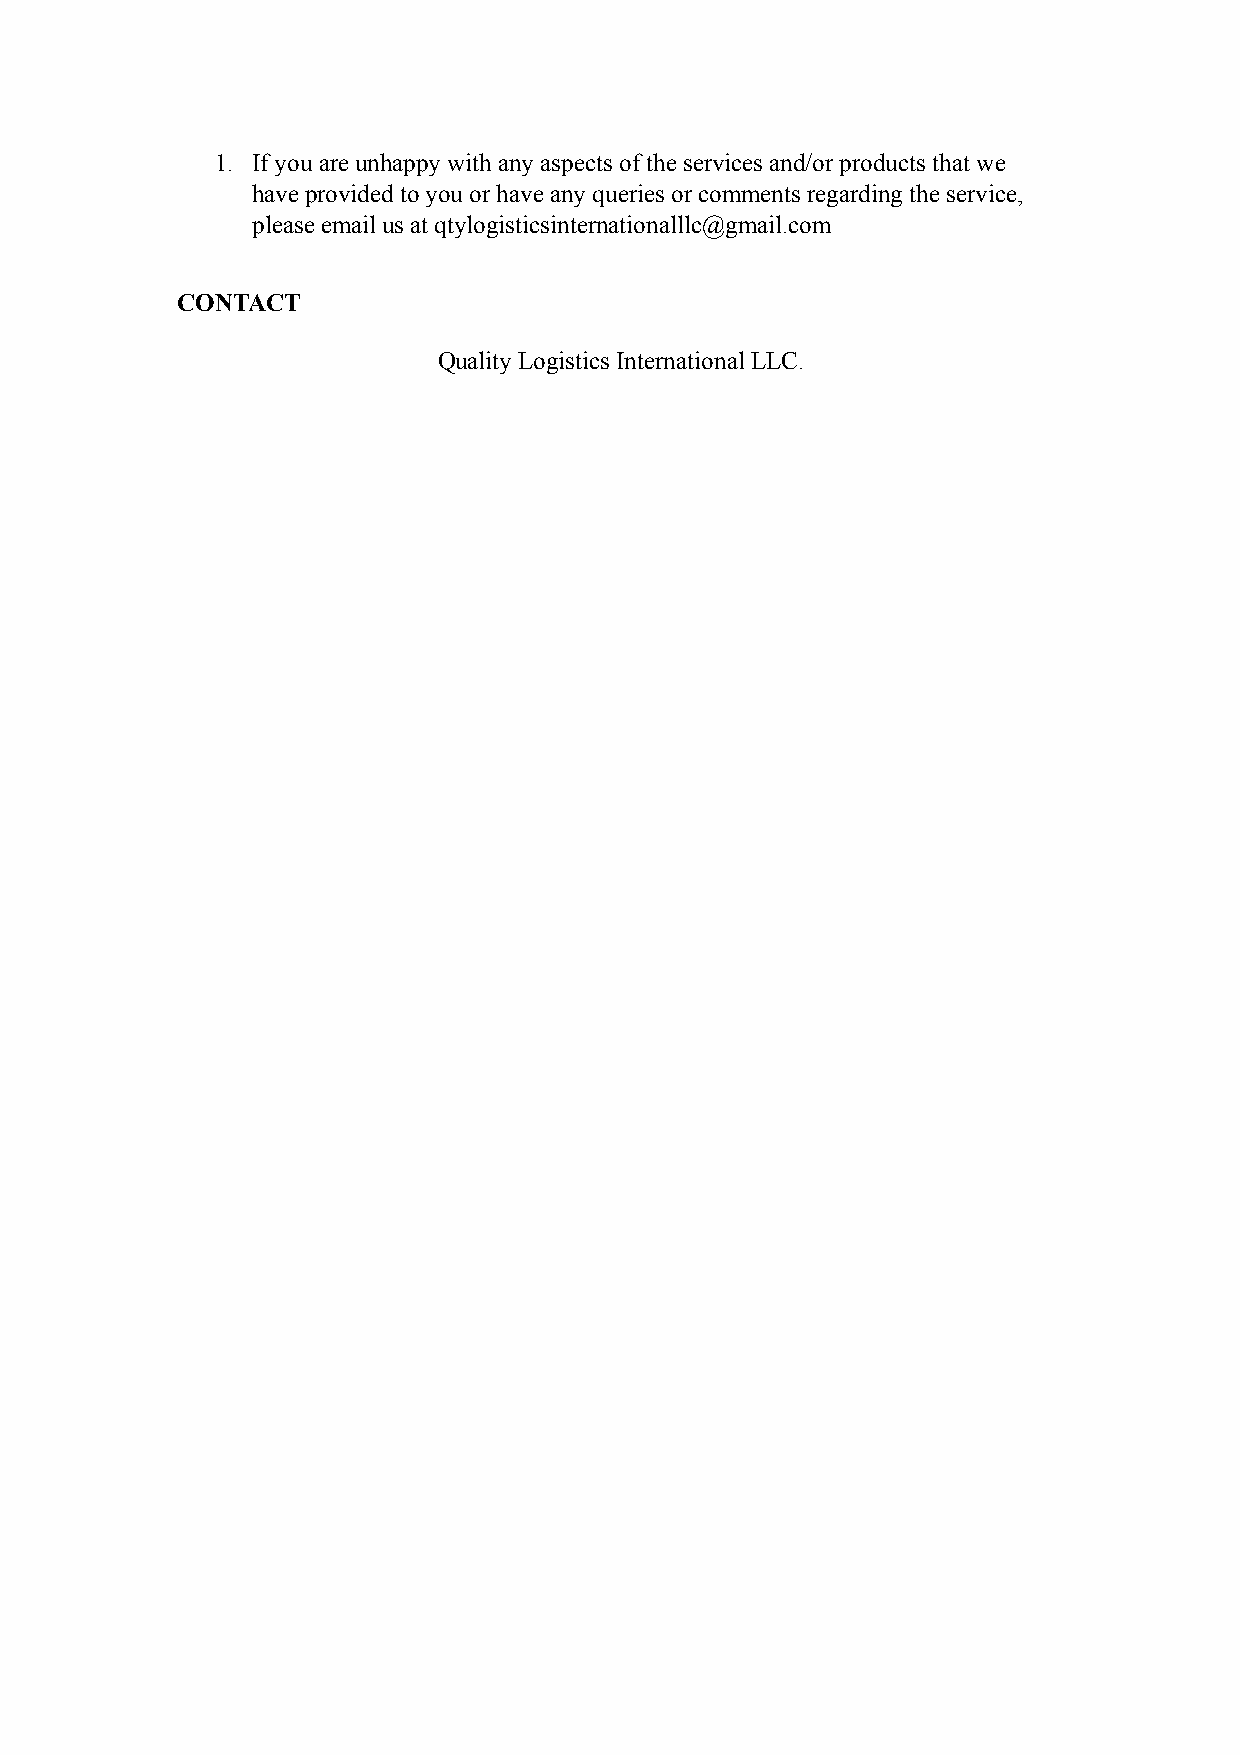
1. If you are unhappy with any aspects of the services and/or products that we
 have provided to you or have any queries or comments regarding the service,
 please email us at qtylogisticsinternationalllc@gmail.com
 CONTACT
 Quality Logistics International LLC.